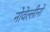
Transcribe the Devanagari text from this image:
नोवेल्लीनो